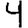
Digit: 4